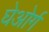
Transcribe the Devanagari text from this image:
घेओर्ग